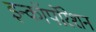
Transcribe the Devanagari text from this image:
इन्कॉर्पोरेशन